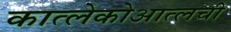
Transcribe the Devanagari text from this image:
कात्लेकोआत्लची